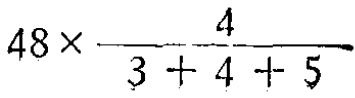
$48\times\frac{4}{3 + 4 + 5}$